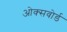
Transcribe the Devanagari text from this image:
ओक्सवोर्ड